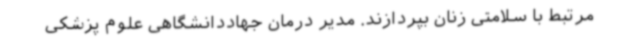
مرتبط با سلامتی زنان بپردازند. مدیر درمان جهاددانشگاهی علوم پزشکی